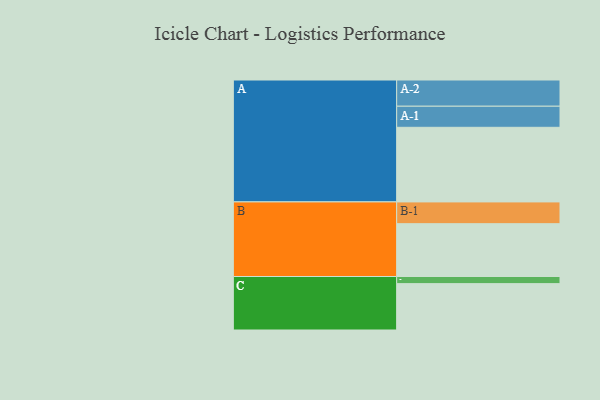
{"axis": {"x": "Segment", "y": "Value"}, "legend": ["", "A", "B", "C"], "data": [{"x": "A", "y": 555, "type": ""}, {"x": "B", "y": 393, "type": ""}, {"x": "C", "y": 345, "type": ""}, {"x": "A-1", "y": 157, "type": "A"}, {"x": "A-2", "y": 195, "type": "A"}, {"x": "B-1", "y": 162, "type": "B"}, {"x": "C-1", "y": 53, "type": "C"}]}